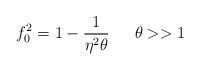
LaTeX: \begin{align*}f_0^2=1-\frac{1}{\eta^2\theta} \,\,\,\,\,\,\,\,\, \theta>>1\end{align*}